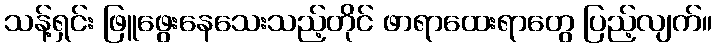
သန့်ရှင်း ဖြူဖွေးနေသေးသည့်တိုင် ဖာရာထေးရာတွေ ပြည့်လျက်။